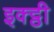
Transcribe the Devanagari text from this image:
इक्ट्ठी